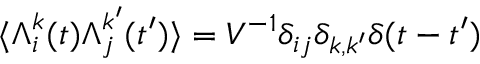
\langle \boldsymbol { \Lambda } _ { i } ^ { k } ( t ) \boldsymbol { \Lambda } _ { j } ^ { k ^ { \prime } } ( t ^ { \prime } ) \rangle = V ^ { - 1 } \delta _ { i j } \delta _ { k , k ^ { \prime } } \delta ( t - t ^ { \prime } )